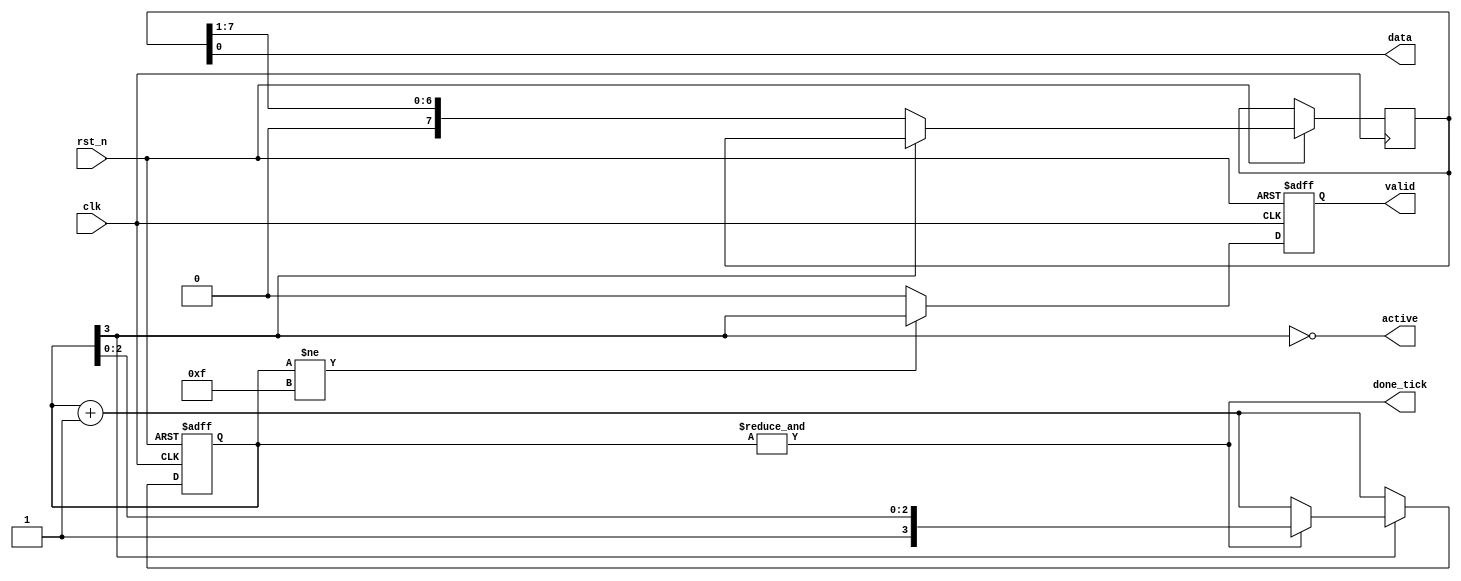
module counter #(parameter counter_width=$clog2(data_width*2),data_width=8)(
    input clk,rst_n,
    output reg valid,
    output active,done_tick,
    output data
);

reg [counter_width-1:0]counter;
reg [data_width-1:0]data_reg;


assign  data=data_reg[0];
assign  done_tick=&counter;
assign  active=!counter[counter_width-1]; //must be that because the last bit that goes out from data is xored and then the new value is shifted in crc at counter=8 so active must be equal 1 at counter = 7


always @(posedge clk,negedge rst_n ) begin
    if(!rst_n)
      counter<=0;
    else if(active)begin
      counter<=counter+1'b1;
      data_reg<={1'b0,data_reg[data_width-1:1]};   
    end     
    else if (!done_tick)
      counter<=counter+1'b1;
end


always @(posedge clk,negedge rst_n) begin  
  if(!rst_n)begin
  valid<=0;     
  end
  else begin
  valid<=(counter!=((2**counter_width)-1))?counter[counter_width-1]:0;  
  end
end


endmodule